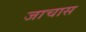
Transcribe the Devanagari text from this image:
जाचास